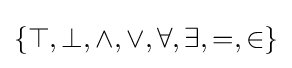
\{\top ,\bot ,\land ,\lor ,\forall ,\exists ,=,\in \}